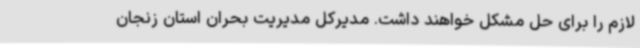
لازم را برای حل مشکل خواهند داشت. مدیرکل مدیریت بحران استان زنجان